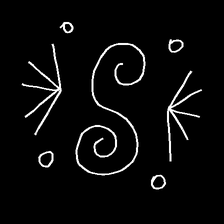
Glyph: aeroform